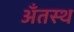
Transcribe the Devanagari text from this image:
अँतस्थ